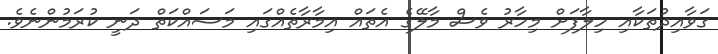
ގަވާއިދުތަކާއި ހިލާފަށް މިހާރު ވެސް މާލޭގެ އެތައް އިމާރާތެއްގައި މަސައްކަތް ދަނީ ކުރަމުންނެވެ.